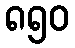
၈၅၀